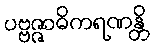
ပဗ္ဗဇ္ဇာဓိကရဏန္တိ